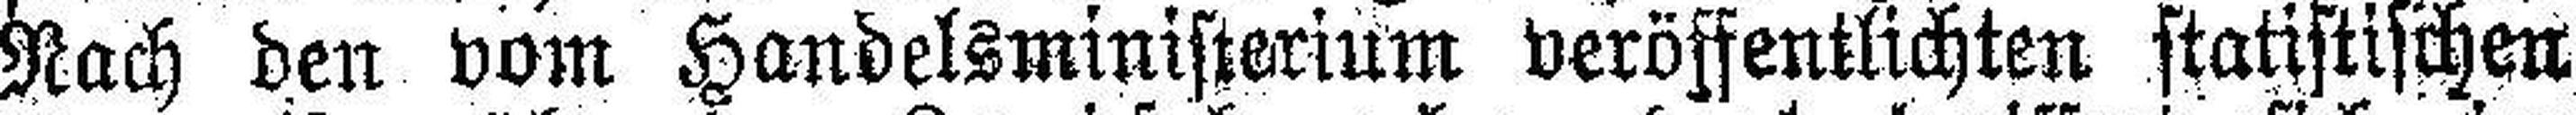
Nach den vom Handelsministerium veröffentlichten stattstischen